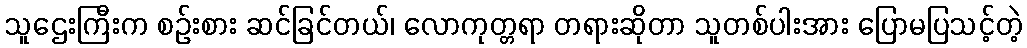
သူဌေးကြီးက စဉ်းစား ဆင်ခြင်တယ်၊ လောကုတ္တရာ တရားဆိုတာ သူတစ်ပါးအား ပြောမပြသင့်တဲ့